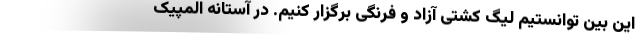
این بین توانستیم لیگ کشتی آزاد و فرنگی برگزار کنیم. در آستانه المپیک